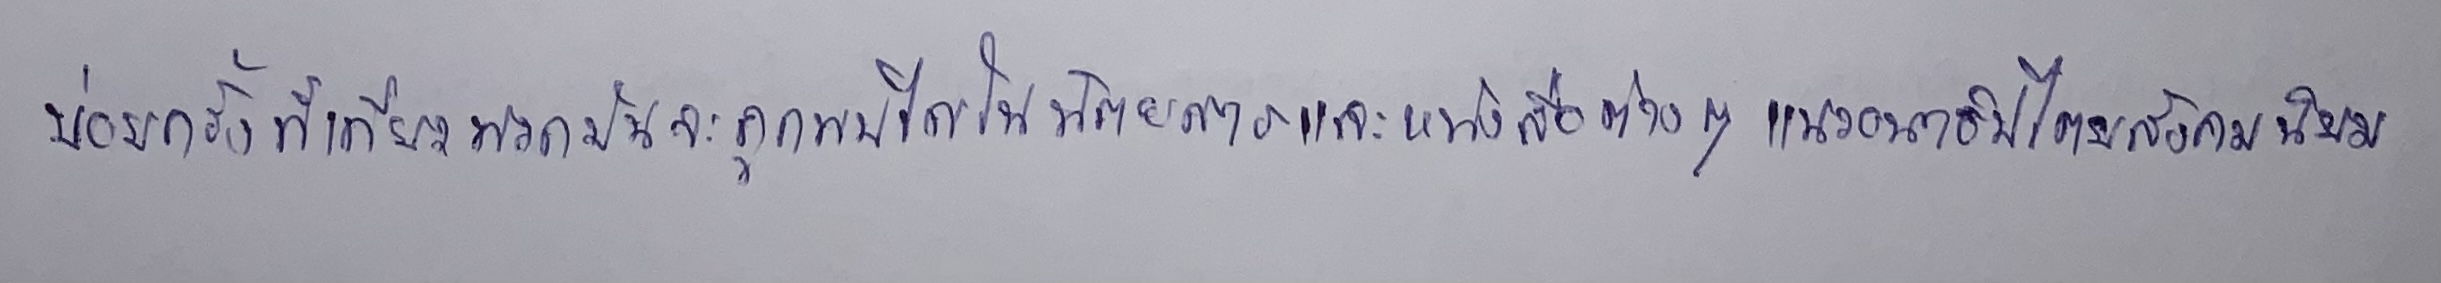
บ่อยครั้งทีเดียวพวกมันจะถูกพบได้ในนิตยสารและหนังสือต่างๆแนวอนาธิปไตยสังคมนิยม